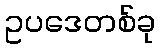
ဥပဒေတစ်ခု